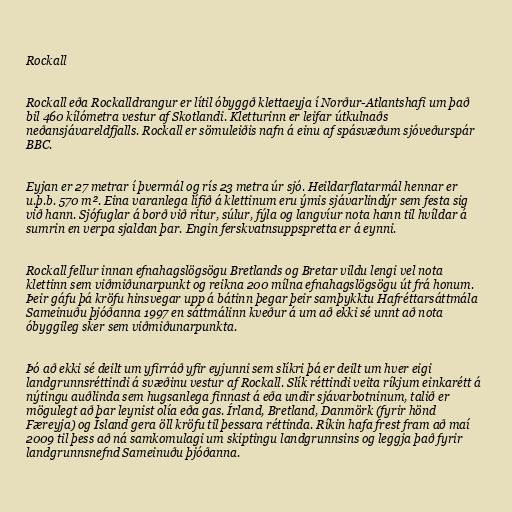
Rockall

Rockall eða Rockalldrangur er lítil óbyggð klettaeyja í Norður-Atlantshafi um það
bil 460 kílómetra vestur af Skotlandi. Kletturinn er leifar útkulnaðs
neðansjávareldfjalls. Rockall er sömuleiðis nafn á einu af spásvæðum sjóveðurspár
BBC.

Eyjan er 27 metrar í þvermál og rís 23 metra úr sjó. Heildarflatarmál hennar er
u.þ.b. 570 m². Eina varanlega lífið á klettinum eru ýmis sjávarlindýr sem festa sig
við hann. Sjófuglar á borð við ritur, súlur, fýla og langvíur nota hann til hvíldar á
sumrin en verpa sjaldan þar. Engin ferskvatnsuppspretta er á eynni.

Rockall fellur innan efnahagslögsögu Bretlands og Bretar vildu lengi vel nota
klettinn sem viðmiðunarpunkt og reikna 200 mílna efnahagslögsögu út frá honum.
Þeir gáfu þá kröfu hinsvegar upp á bátinn þegar þeir samþykktu Hafréttarsáttmála
Sameinuðu þjóðanna 1997 en sáttmálinn kveður á um að ekki sé unnt að nota
óbyggileg sker sem viðmiðunarpunkta.

Þó að ekki sé deilt um yfirráð yfir eyjunni sem slíkri þá er deilt um hver eigi
landgrunnsréttindi á svæðinu vestur af Rockall. Slík réttindi veita ríkjum einkarétt á
nýtingu auðlinda sem hugsanlega finnast á eða undir sjávarbotninum, talið er
mögulegt að þar leynist olía eða gas. Írland, Bretland, Danmörk (fyrir hönd
Færeyja) og Ísland gera öll kröfu til þessara réttinda. Ríkin hafa frest fram að maí
2009 til þess að ná samkomulagi um skiptingu landgrunnsins og leggja það fyrir
landgrunnsnefnd Sameinuðu þjóðanna.